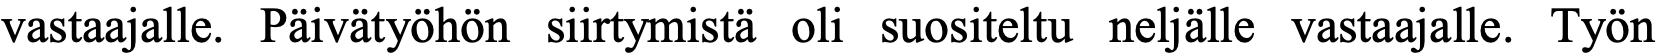
vastaajalle. Päivätyöhön siirtymistä oli suositeltu neljälle vastaajalle. Työn